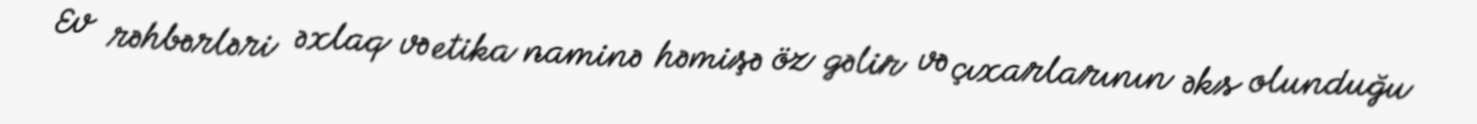
Ev rəhbərləri əxlaq və etika naminə həmişə öz gəlir və çıxarlarının əks olunduğu